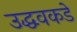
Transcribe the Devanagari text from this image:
उद्धवकडे